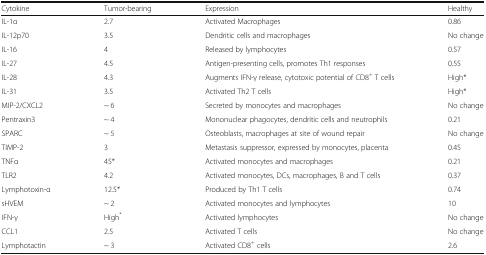
<table><thead><tr><td><b>Cytokine</b></td><td><b>Tumor-bearing</b></td><td><b>Expression</b></td><td><b>Healthy</b></td></tr></thead><tbody><tr><td>IL-1α</td><td>2.7</td><td>Activated Macrophages</td><td>0.86</td></tr><tr><td>IL-12p70</td><td>3.5</td><td>Dendritic cells and macrophages</td><td>No change</td></tr><tr><td>IL-16</td><td>4</td><td>Released by lymphocytes</td><td>0.57</td></tr><tr><td>IL-27</td><td>4.5</td><td>Antigen-presenting cells, promotes Th1 responses</td><td>0.55</td></tr><tr><td>IL-28</td><td>4.3</td><td>Augments IFN-γ release, cytotoxic potential of CD8<sup>+</sup> T cells</td><td>High*</td></tr><tr><td>IL-31</td><td>3.5</td><td>Activated Th2 T cells</td><td>High*</td></tr><tr><td>MIP-2/CXCL2</td><td>~ 6</td><td>Secreted by monocytes and macrophages</td><td>No change</td></tr><tr><td>Pentraxin3</td><td>~ 4</td><td>Mononuclear phagocytes, dendritic cells and neutrophils</td><td>0.21</td></tr><tr><td>SPARC</td><td>~ 5</td><td>Osteoblasts, macrophages at site of wound repair</td><td>No change</td></tr><tr><td>TIMP-2</td><td>3</td><td>Metastasis suppressor, expressed by monocytes, placenta</td><td>0.45</td></tr><tr><td>TNFα</td><td>45*</td><td>Activated monocytes and macrophages</td><td>0.21</td></tr><tr><td>TLR2</td><td>4.2</td><td>Activated monocytes, DCs, macrophages, B and T cells</td><td>0.37</td></tr><tr><td>Lymphotoxin-α</td><td>12.5*</td><td>Produced by Th1 T cells</td><td>0.74</td></tr><tr><td>sHVEM</td><td>~ 2</td><td>Activated monocytes and lymphocytes</td><td>10</td></tr><tr><td>IFN-γ</td><td>High<sup>*</sup></td><td>Activated lymphocytes</td><td>No change</td></tr><tr><td>CCL1</td><td>2.5</td><td>Activated T cells</td><td>No change</td></tr><tr><td>Lymphotactin</td><td>~ 3</td><td>Activated CD8<sup>+</sup> cells</td><td>2.6</td></tr></tbody></table>